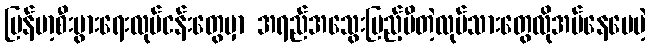
မြန်မာ့စီးပွားရေးလုပ်ငန်းတွေမှာ အရည်အသွေးပြည့်မီတဲ့လုပ်သားတွေလိုအပ်နေပေမဲ့